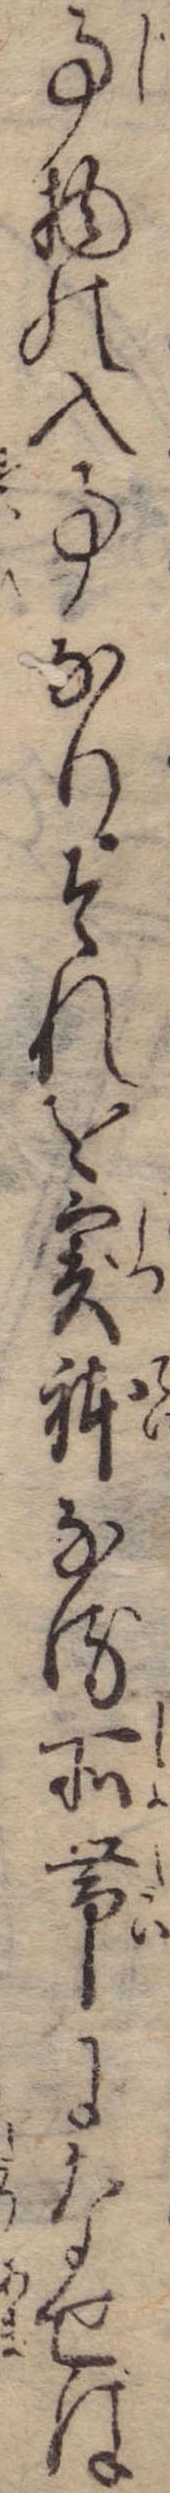
事物の入事なりそれを実体なる所帯になせば